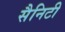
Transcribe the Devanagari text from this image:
सैनिटी